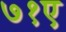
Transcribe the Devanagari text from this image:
७१ए